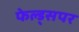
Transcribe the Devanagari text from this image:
फेल्ड्सपर